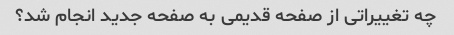
چه تغییراتی از صفحه قدیمی به صفحه جدید انجام شد؟